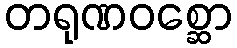
တရုဏဝစ္ဆော